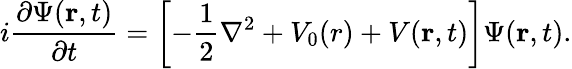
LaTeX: i\frac{\partial\Psi({\mathbf{r}},t)}{\partial t}=\left[-\frac{1}{2}\nabla^{2}+V_{0}({r})+V({\mathbf{r}},t)\right]\Psi({\mathbf{r}},t).